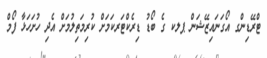
ޓްރޭޑިންގ އޯގަނައިޒޭޝަން ޕލކ ގެ ބޯޑު ޑިރެކްޓަރކަމަށް ކުރިމަތިލުމަށް އެދި ހުށަހަޅާ ފޯމް